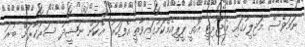
ނަމަވެސް މަޖިލީހުގައި މެޖޯރިޓީ އޮތީ ޕީޕީއެމްކަމުގައިވާތީ އެފަހަރު އެކަން ނަޝީދު ސަރުކާރަށް ބުރަ